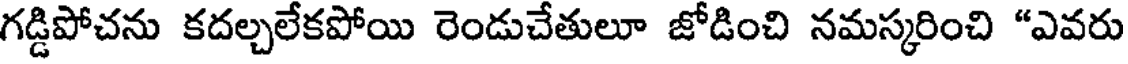
గడ్డిపోచను కదల్చలేకపోయి రెండుచేతులూ జోడించి నమస్కరించి "ఎవరు